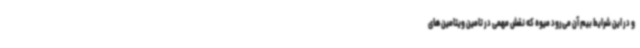
و در این شرایط بیم آن می‌رود میوه که نقش مهمی در تامین ویتامین های